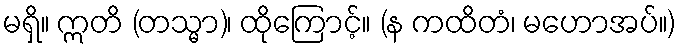
မရှိ။ ဣတိ (တသ္မာ)၊ ထိုကြောင့်။ (န ကထိတံ၊ မဟောအပ်။)